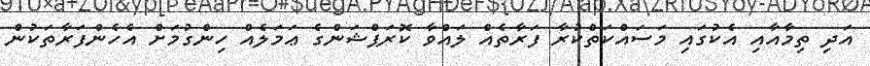
އަދި ތިމާއާއި އެކުގައި މަސައްކަތްކުރާ ފަރާތެއް ލައްވާ ކޮރަޕްޝަންގެ ޢަމަލެއް ހިންގުމަށް އެހެންފަރާތަކުން